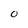
Character: O